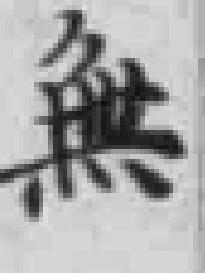
無